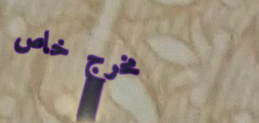
مخرج خاص